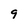
Character: 9